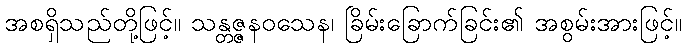
အစရှိသည်တို့ဖြင့်။ သန္တဇ္ဇနဝသေန၊ ခြိမ်းခြောက်ခြင်း၏ အစွမ်းအားဖြင့်။